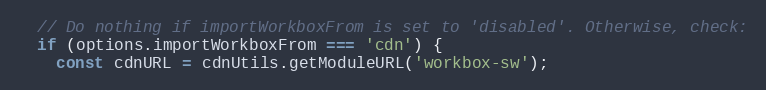
Language: JavaScript
  // Do nothing if importWorkboxFrom is set to 'disabled'. Otherwise, check:
  if (options.importWorkboxFrom === 'cdn') {
    const cdnURL = cdnUtils.getModuleURL('workbox-sw');